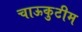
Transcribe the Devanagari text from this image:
चाऊकुटीम